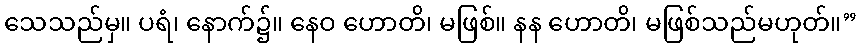
သေသည်မှ။ ပရံ၊ နောက်၌။ နေဝ ဟောတိ၊ မဖြစ်။ နန ဟောတိ၊ မဖြစ်သည်မဟုတ်။”